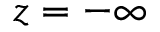
z = - \infty